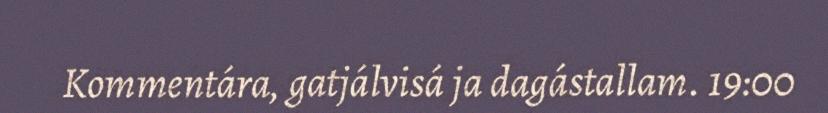
Kommentára, gatjálvisá ja dagástallam. 19:00